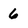
Character: 6